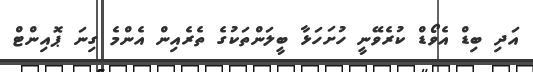
އަދި ބިޑް އެވޯޑް ކުރެވޭނީ ހުށަހަޅާ ބީލަންތަކުގެ ތެރެއިން އެންމެ ގިނަ ޕޮއިންޓް